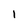
Character: I